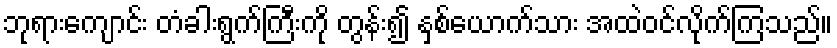
ဘုရားကျောင်း တံခါးရွက်ကြီးကို တွန်း၍ နှစ်ယောက်သား အထဲဝင်လိုက်ကြသည်။